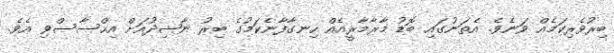
ބިރުވެރިކަމެއް ވަނެވެ. އެތަނުގައި ބޮޑު މާރާމާރީއެއް ހިނގާފާނެކަމުގެ ބިރު ނާޝިދުއަށް އިހްސާސްވި އެވެ.